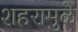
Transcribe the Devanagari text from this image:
शहरामुळे